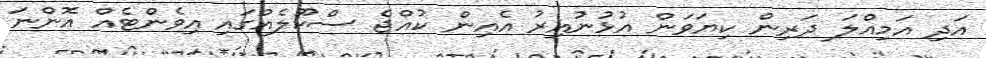
އަދި އަމިއްލަ ދަރިން ކިޔަވަން އުޅުނުއިރު އެއިން ކުއްޖެ ސްކޫލެއްގައި އިވެންޓެއް އޮންނަ